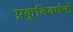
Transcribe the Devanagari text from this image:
प्रकृतिवर्णनों